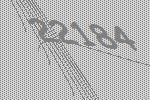
22184